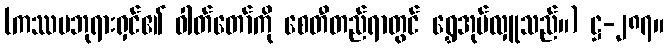
(ကဿပဘုရားရှင်၏ ဓါတ်တော်ကို စေတီတည်ရာတွင် ရွှေအုပ်လှူသည်။) ဋ္ဌ-၂၈၇။